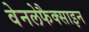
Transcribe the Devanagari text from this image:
वेनलेफैक्साइन